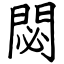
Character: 閟